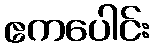
ဧကပေါင်း